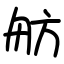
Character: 舫